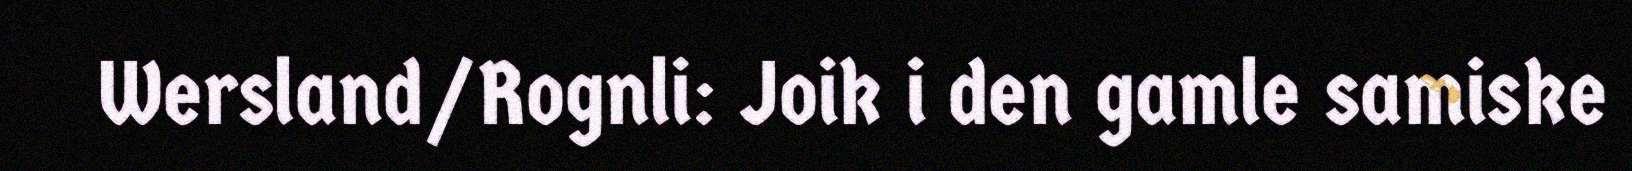
Wersland/Rognli: Joik i den gamle samiske